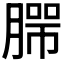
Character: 𰯄